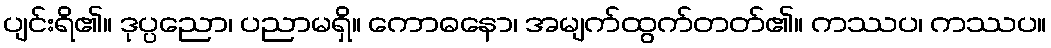
ပျင်းရိ၏။ ဒုပ္ပညော၊ ပညာမရှိ။ ကောဓနော၊ အမျက်ထွက်တတ်၏။ ကဿပ၊ ကဿပ။